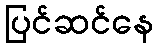
ပြင်ဆင်နေ